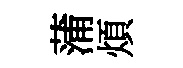
蒲煩